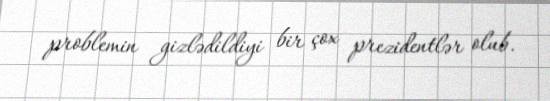
problemin gizlədildiyi bir çox prezidentlər olub.